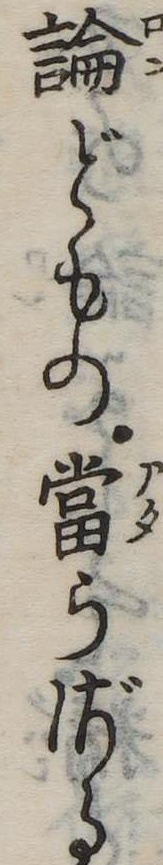
論どもの当らざる